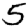
Digit: 5